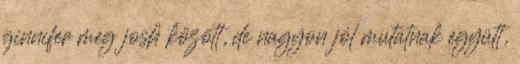
ginnifer meg josh között, de nagyon jól mutatnak együtt,